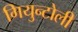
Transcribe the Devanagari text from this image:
गियुन्टोली